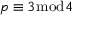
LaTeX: p \equiv 3 { \bmod { 4 } }